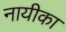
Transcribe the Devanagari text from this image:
नायीका